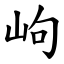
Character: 岣